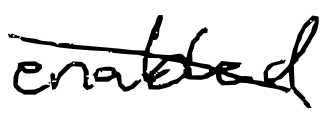
Text: enabled
Cross-out: diagonal
Writing tool: digital_black